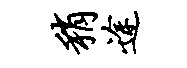
稍途